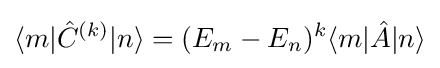
\langle m|{\hat {C}}^{(k)}|n\rangle =(E_{m}-E_{n})^{k}\langle m|{\hat {A}}|n\rangle